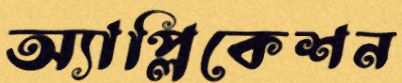
অ্যাপ্লিকেশন